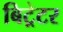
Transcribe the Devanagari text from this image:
बिट्रेटर